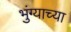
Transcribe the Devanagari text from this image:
भुंग्याच्या